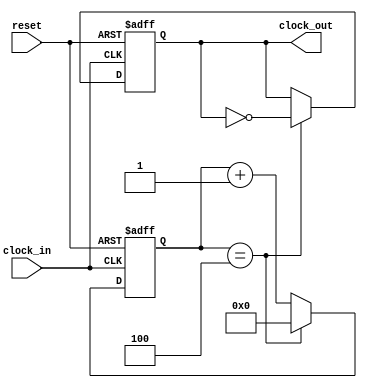
module ten_mhz_clock( clock_in, reset, clock_out );
input clock_in, reset;
output reg clock_out;

reg[11:0] counter;

always @(posedge clock_in or negedge reset)
begin
    if (!reset)
    begin
        counter <= 0;
        clock_out <= 0;
    end
    else
    begin
        if (counter==12'h004)
        begin
            counter <= 0;
            clock_out <= ~clock_out;
        end
        else
        begin
            counter <= counter+1;
            clock_out <= clock_out;
        end
    end
end

endmodule